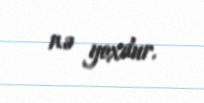
nə yoxdur.